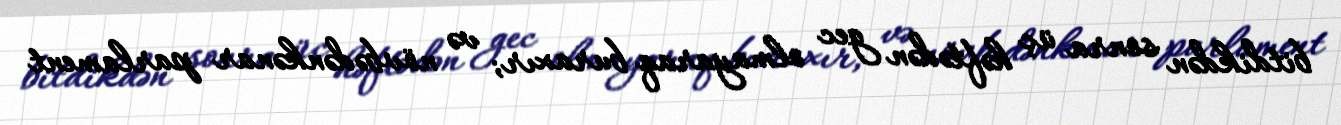
bitdikdən sonra üç həftədən gec olmayaraq buraxır; və növbədənkənar parlament